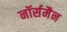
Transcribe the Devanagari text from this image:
नॉर्समैन